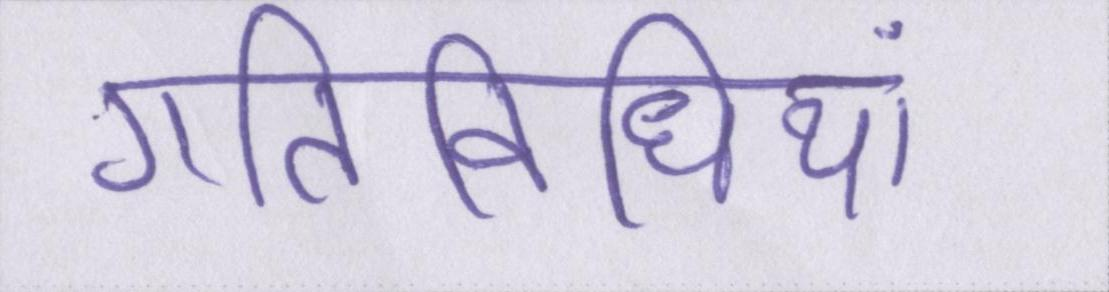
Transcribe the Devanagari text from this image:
गतिविधियां